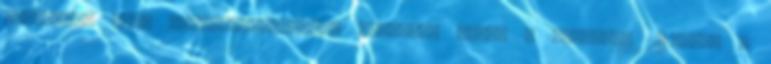
cukorrépa éves terméseredményeit foglalja össze a grafikon 2013-ig. A